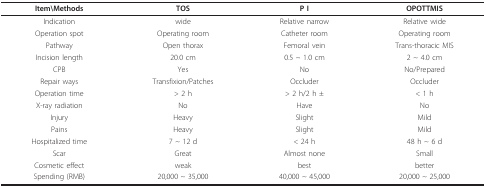
| Item\Methods | TOS | P I | OPOTTMIS |
 | --- | --- | --- | --- |
 | Indication | wide | Relative narrow | Relative wide |
 | Operation spot | Operating room | Catheter room | Operating room |
 | Pathway | Open thorax | Femoral vein | Trans-thoracic MIS |
 | Incision length | 20.0 cm | 0.5 ~ 1.0 cm | 2 ~ 4.0 cm |
 | CPB | Yes | No | No/Prepared |
 | Repair ways | Transfixion/Patches | Occluder | Occluder |
 | Operation time | > 2 h | > 2 h/2 h ± | < 1 h |
 | X-ray radiation | No | Have | No |
 | Injury | Heavy | Slight | Mild |
 | Pains | Heavy | Slight | Mild |
 | Hospitalized time | 7 ~ 12 d | < 24 h | 48 h ~ 6 d |
 | Scar | Great | Almost none | Small |
 | Cosmetic effect | weak | best | better |
 | Spending (RMB) | 20,000 ~ 35,000 | 40,000 ~ 45,000 | 20,000 ~ 25,000 |